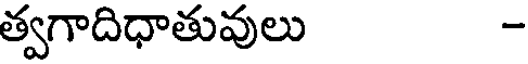
త్వగాదిధాతువులు -